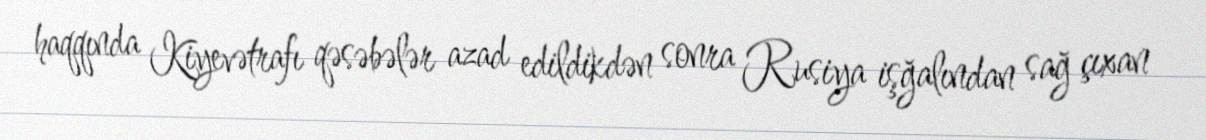
haqqında Kiyevətrafı qəsəbələr azad edildikdən sonra Rusiya işğalından sağ çıxan